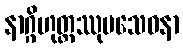
နာဂ္ဂိဟုတ္တဿုပသေဝနာ